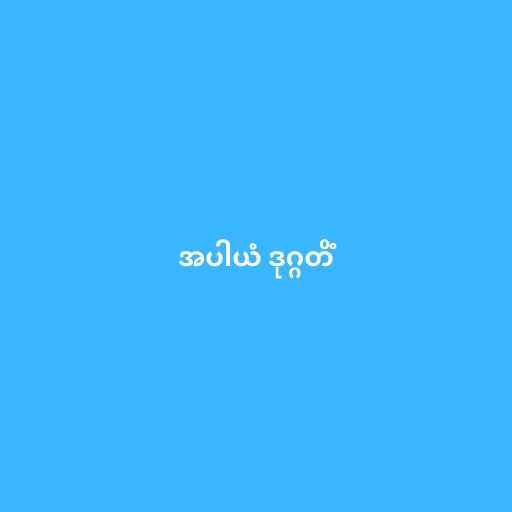
အပါယံ ဒုဂ္ဂတိံ